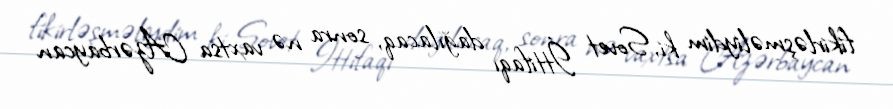
fikirləşməliydim ki, Sovet İttifaqı dağılacaq, sonra nə vaxtsa Azərbaycan